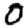
Digit: 0